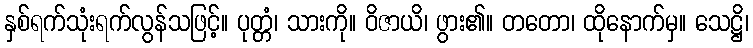
နှစ်ရက်သုံးရက်လွန်သဖြင့်။ ပုတ္တံ၊ သားကို။ ဝိဇာယိ၊ ဖွား၏။ တတော၊ ထိုနောက်မှ။ သေဋ္ဌိ၊